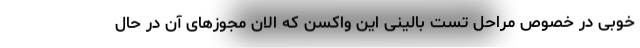
خوبی در خصوص مراحل تست بالینی این واکسن که الان مجوزهای آن در حال